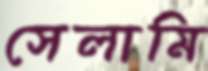
সেলামি